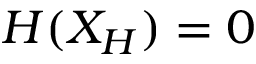
H ( X _ { H } ) = 0